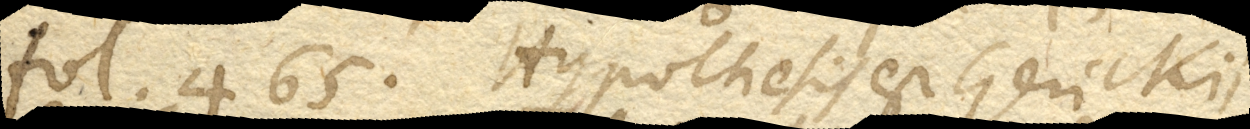
fol. 465. Hypothesis est Gerickii